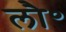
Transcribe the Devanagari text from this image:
लौ॰